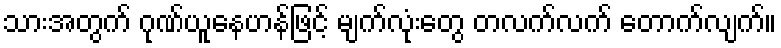
သားအတွက် ဂုဏ်ယူနေဟန်ဖြင့် မျက်လုံးတွေ တလက်လက် တောက်လျက်။